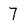
Character: 7